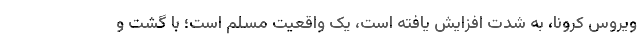
ویروس کرونا، به شدت افزایش یافته است، یک واقعیت مسلم است؛ با گشت و